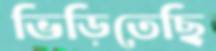
ভিড়িতেছি